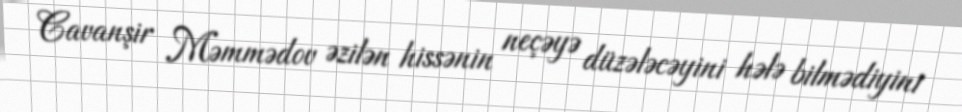
Cavanşir Məmmədov əzilən hissənin neçəyə düzələcəyini hələ bilmədiyini